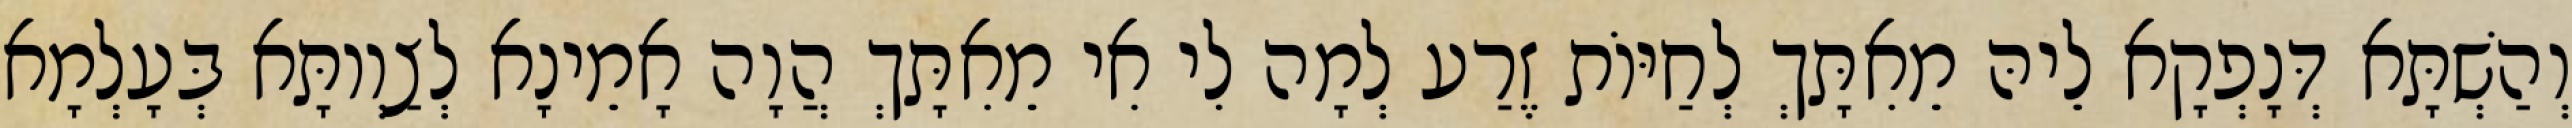
וְהַשְׁתָּא דְּנָפְקָא לֵיהּ מֵאִתָּךְ לְחַיּוֹת זֶרַע לְמָה לִי אִי מֵאִתָּךְ הֲוָה אָמֵינָא לְצַוְותָּא בְּעָלְמָא